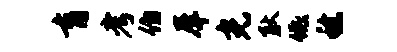
育考伯犀光耿低稔